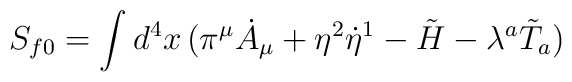
S_{f0}=\int d^4x\,(\pi^\mu \dot A_\mu+\eta^2\dot\eta^1-\tilde H-\lambda^a\tilde T_a)